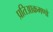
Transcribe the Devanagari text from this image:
प्रतिआक्रमणो